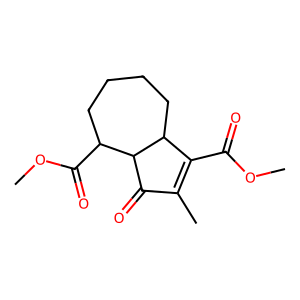
SMILES: COC(=O)C1=C(C)C(=O)C2C(C(=O)OC)CCCCC12
Inhibits HIV replication: No